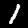
Label: 1